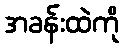
အခန်းထဲကို